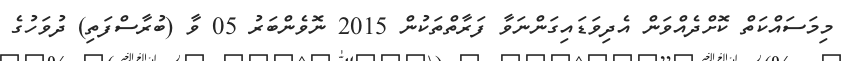
މިމަސައްކަތް ކޮށްދެއްވަން އެދިވަޑައިގަންނަވާ ފަރާތްތަކުން 2015 ނޮވެންބަރު 05 ވާ (ބުރާސްފަތި) ދުވަހުގެ